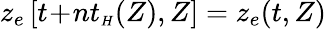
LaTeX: z_{e}\left[t\! +\! nt_{{\scriptscriptstyle H}}(Z),Z\right]=z_{e}(t,Z)